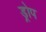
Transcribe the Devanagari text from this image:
ड्रोप